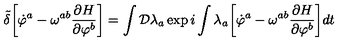
{ \tilde { \delta } } \biggl [ { \dot { \varphi } } ^ { a } - \omega ^ { a b } { \frac { \partial H } { \partial \varphi ^ { b } } } \biggr ] = \int { \cal D } \lambda _ { a } \exp i \int \lambda _ { a } \biggl [ { \dot { \varphi } } ^ { a } - \omega ^ { a b } { \frac { \partial H } { \partial \varphi ^ { b } } } \biggr ] d t \nonumber